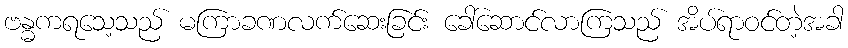
ဗန္ဓကရသေ့သည် မကြာခဏလက်ဆေးခြင်း ခေါ်ဆောင်လာကြသည် အိပ်ရာဝင်တဲ့အခါ